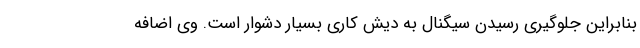
بنابراین جلوگیری رسیدن سیگنال به دیش کاری بسیار دشوار است. وی اضافه